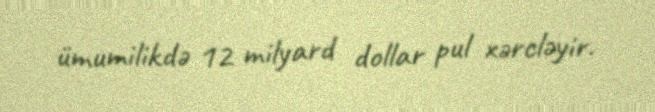
ümumilikdə 12 milyard dollar pul xərcləyir.